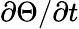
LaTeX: \partial\Theta/\partial t